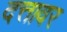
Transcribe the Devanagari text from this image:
दत्तावर